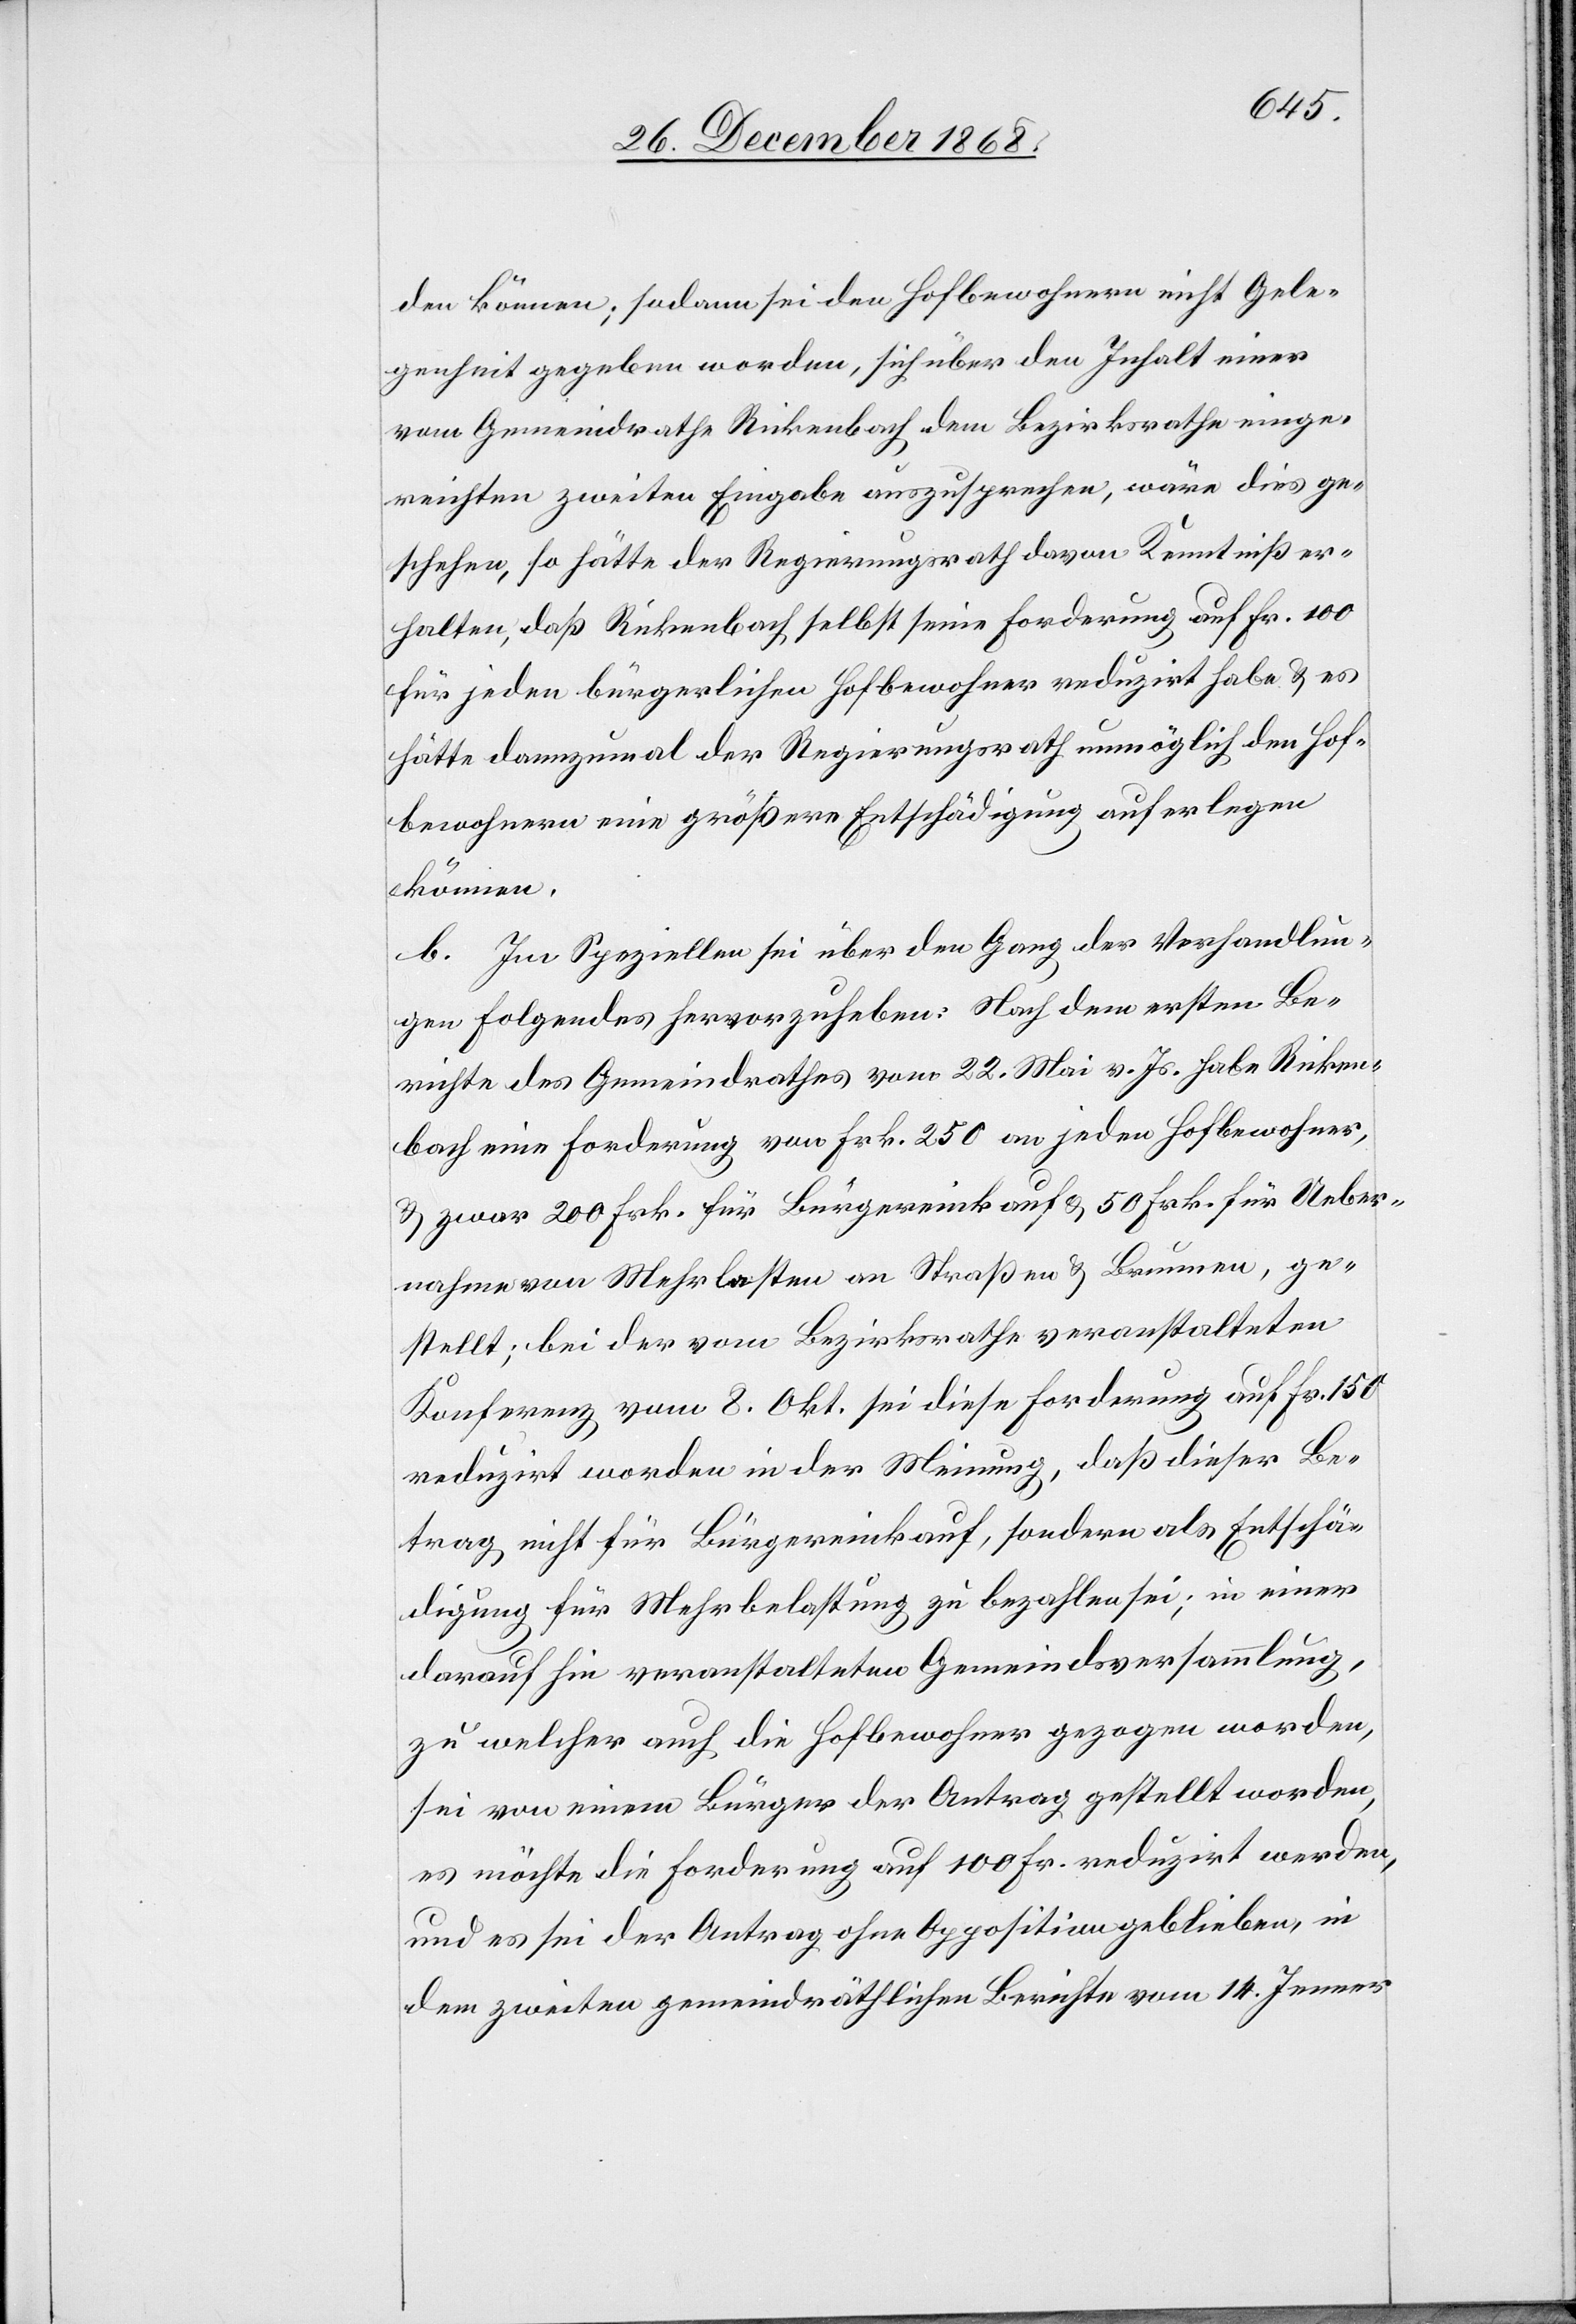
den können; sodann sei den Hofbewohnern nicht Gele¬
genheit gegeben worden, sich über den Inhalt einer
vom Gemeindrathe Rickenbach dem Bezirksrathe einge¬
reichten zweiten Eingabe auszusprechen, wäre dies ge¬
schehen, so hätte der Regierungsrath davon Kenntniß er¬
halten, daß Rickenbach selbst seine Forderung auf Fr. 100
für jeden bürgerlichen Hofbewohner reduzirt habe & es
hätte dannzumal der Regierungsrath unmöglich den Hof¬
bewohnern eine größere Entschädigung auferlegen
können.
b. Im Speziellen sei über den Gang der Verhandlun¬
gen Folgendes hervorzuheben: Nach dem ersten Be¬
richte des Gemeindrathes vom 22. Mai v. Js. habe Ricken¬
bach eine Forderung von Frk. 250 an jeden Hofbewohner,
& zwar 200 Frk. für Bürgereinkauf & 50 Frk. für Ueber¬
nahme von Mehrlasten an Straßen & Brunnen, ge¬
stellt; bei der vom Bezirksrathe veranstalteten
Konferenz vom 8. Okt. sei diese Forderung auf Fr. 150
reduzirt worden in der Meinung, daß dieser Be¬
trag nicht für Bürgereinkauf, sondern als Entschä¬
digung für Mehrbelastung zu bezahlen sei; in einer
darauf hin veranstalteten Gemeindsversammlung,
zu welcher auch die Hofbewohner gezogen worden,
sei von einem Bürger der Antrag gestellt worden,
es möchte die Forderung auf 100 Fr. reduzirt werden,
und es sei der Antrag ohne Opposition geblieben, in
dem zweiten gemeindräthlichen Berichte vom 14. Jenner